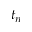
t _ { n }